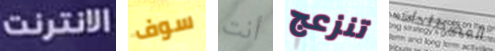
الانترنت سوف أنت تنزعج المصطلحات